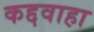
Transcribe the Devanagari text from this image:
कद्दवाहा